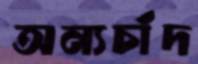
অন্যচাঁদ